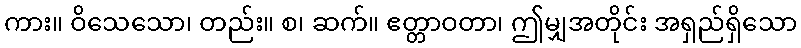
ကား။ ဝိသေသော၊ တည်း။ စ၊ ဆက်။ ဧတ္တာဝတာ၊ ဤမျှအတိုင်း အရှည်ရှိသော